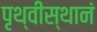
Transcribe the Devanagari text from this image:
पृथ्वीस्थानं